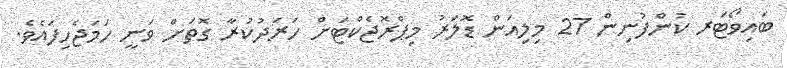
ބައިވޯޓަރ ކުންފުނިން 27 މިލިއަން ޑޮލަރު މިޕްރޮޖެކްޓަށް ހަރަދުކުރާ ގޮތަށް ވަނީ ހަމަޖެހިފައެވެ.